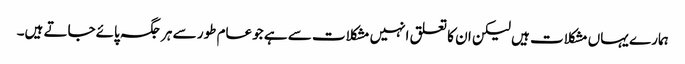
ہمارے یہاں مشکلات ہیں لیکن ان کا تعلق انہیں مشکلات سے ہے جوعام طور سے ہر جگہ پائےجاتے ہیں۔